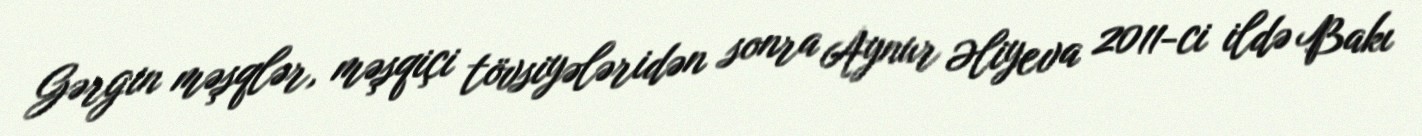
Gərgin məşqlər, məşqiçi tövsiyələridən sonra Aynur Əliyeva 2011-ci ildə Bakı